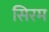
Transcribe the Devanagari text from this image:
सिरम